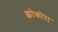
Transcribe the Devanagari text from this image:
झोकोरा